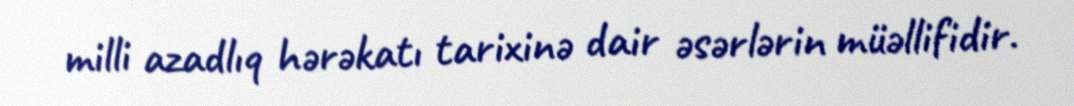
milli azadlıq hərəkatı tarixinə dair əsərlərin müəllifidir.